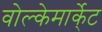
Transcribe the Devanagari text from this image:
वोल्केमार्के्ट